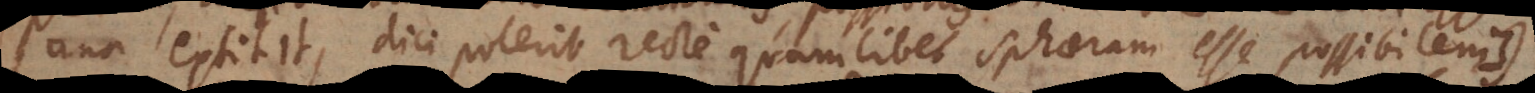
una extitit, dici poterit recte quamlibet sphaeram esse possibilem).).